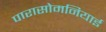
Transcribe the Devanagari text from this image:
पारासोमनियाई